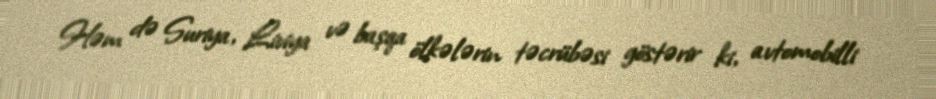
Həm də Suriya, Liviya və başqa ölkələrin təcrübəsi göstərir ki, avtomobilli